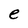
Character: e